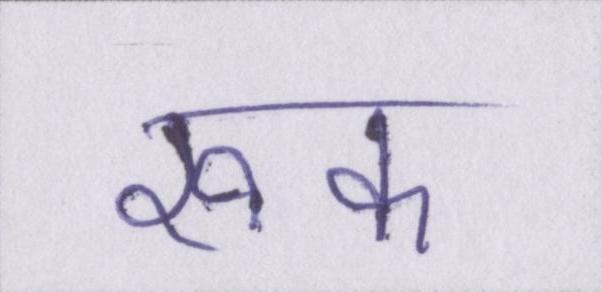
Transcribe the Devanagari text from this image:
रूक